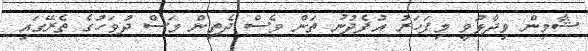
ޝާމިން ވިދާޅުވީ މިފަހަރު އުފެދުނު ތަން ވެސް ދެތިން މަސް ދުވަހުގެ ތެރޭގައި